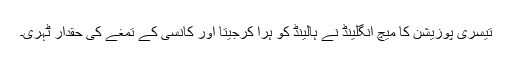
تیسری پوزیشن کا میچ انگلینڈ نے ہالینڈ کو ہرا کرجیتا اور کانسی کے تمغے کی حقدار ٹہری۔